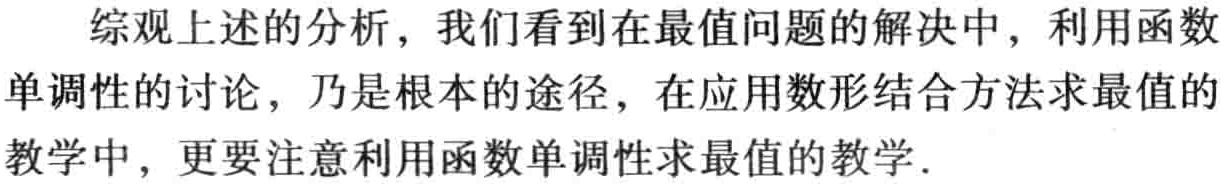
综观上述的分析，我们看到在最值问题的解决中，利用函数单调性的讨论，乃是根本的途径，在应用数形结合方法求最值的教学中，更要注意利用函数单调性求最值的教学.